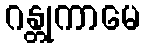
ဂန္တုကာမေ